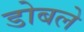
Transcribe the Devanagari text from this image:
डोबले